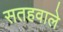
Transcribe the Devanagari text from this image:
सतहवाले